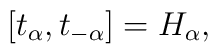
[t_{\alpha},t_{-\alpha}]=H_{\alpha},